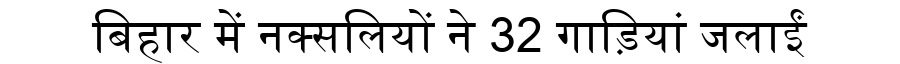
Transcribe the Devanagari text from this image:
बिहार में नक्सलियों ने 32 गाड़ियां जलाईं